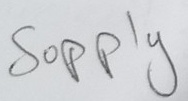
Text: Supply